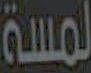
لمسة